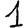
Digit: 1